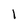
Character: 1